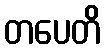
တပေတိ